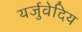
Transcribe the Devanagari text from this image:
यर्जुवेदिय